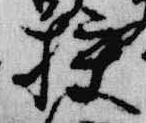
校